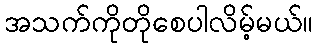
အသက်ကိုတိုစေပါလိမ့်မယ်။